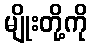
မျိုးတို့ကို